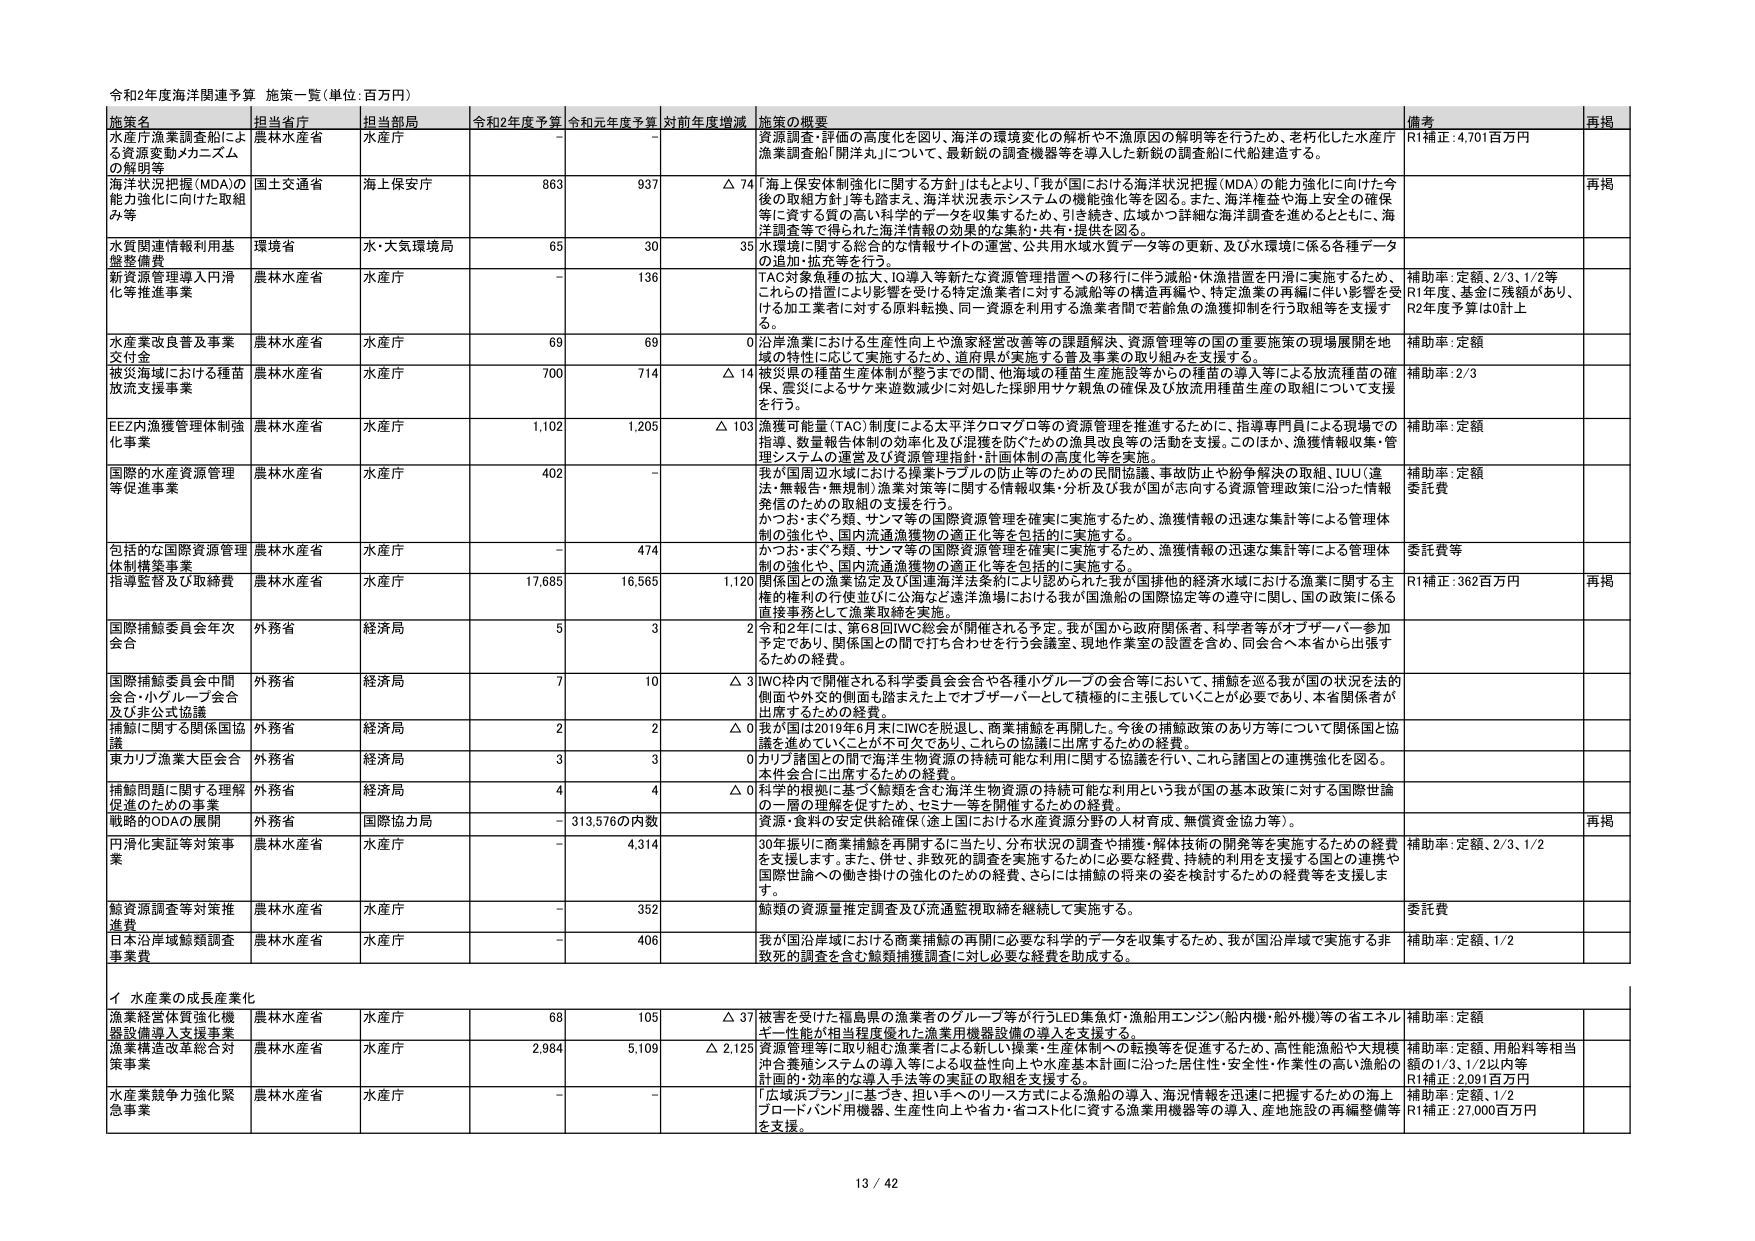
令和2年度海洋関連予算 施策一覧（単位：百万円）

施策名 担当省庁 担当部局 令和2年度予算 令和元年度予算 対前年度増減 施策の概要 備考 再掲

水産庁漁業調査船による資源変動メカニズムの解明等 農林水産省 水産庁 - - 資源調査・評価の高度化を図り、海洋の環境変化の解析や不漁原因の解明等を行うため、老朽化した水産庁漁業調査船「開洋丸」について、最新鋭の調査機器等を導入した新鋭の調査船に代替建造する。 R1補正：4,701百万円

海洋状況把握（MDA）の能力強化に向けた取組み等 国土交通省 海上保安庁 863 937 △ 74 「海上保安体制強化に関する方針」はもとより、「我が国における海洋状況把握（MDA）の能力強化に向けた今後の取組方針」等も踏まえ、海洋状況表示システムの機能強化等を図る。また、海洋権益や海上安全の確保等に資する質の高い科学的データを収集するため、引き続き、広域かつ詳細な海洋調査を進めるとともに、海洋調査等で得られる海洋情報の効果的な集約・共有・提供を図る。 再掲

水質関連情報利用基盤整備費 環境省 水・大気環境局 65 30 35 水環境に関する総合的な情報サイトの運営、公共用水域水質データ等の更新、及び水環境に係る各種データの追加・拡充等を行う。

新資源管理導入円滑化等推進事業 農林水産省 水産庁 - 136 TAC対象魚種の拡大、IQ導入等新たな資源管理措置への移行に伴う減漁・休漁措置を円滑に実施するため、これらの措置により影響を受ける特定漁業者に対する減漁等の構造再編や、特定漁業の再編に伴い影響を受ける加工業者に対する原料転換、同一資源を利用する漁業者間で若齢魚の漁獲抑制を行う取組等を支援する。 補助率：定額、2/3、1/2等 R1年度、基金に残額があり、R2年度予算は0円上

水産業改良普及事業交付金 農林水産省 水産庁 69 69 0 沿岸漁業における生産性向上や漁家経営改善等の課題解決、資源管理等の国の重要施策の現場展開を地域の特性に応じて実施するため、道府県が実施する普及事業の取り組みを支援する。 補助率：定額

被災海域における種苗放流支援事業 農林水産省 水産庁 700 714 △ 14 被災県の種苗生産体制が整うまでの間、他海域の種苗生産施設等からの種苗の導入等による放流種苗の確保、震災によるサケ来遊数減少に対処した採卵用サケ親魚の確保及び放流用種苗生産の取組について支援を行う。 補助率：2/3

EEZ内漁獲管理体制強化事業 農林水産省 水産庁 1,102 1,205 △ 103 漁獲可能量（TAC）制度による太平洋クロマグロ等の資源管理を推進するために、指導専門員による現場での指導、数量報告体制の効率化及び混獲を防ぐための漁具改良等の活動を支援。このほか、漁獲情報収集・管理システムの運営及び資源管理指針・計画体制の高度化等を実施。 補助率：定額

国際的水産資源管理等促進事業 農林水産省 水産庁 402 - 我が国周辺水域における漁業トラブルの防止等のための民間協議、事故防止や紛争解決の取組、IUU（違法・無報告・無規制）漁業対策等に関する情報収集・分析及び我が国が志向する資源管理政策に沿った情報発信のための取組の支援を行う。 かつお・まぐろ類、サンマ等の国際資源管理を確実に実施するため、漁獲情報の迅速な集計等による管理体制の強化や、国内流通漁獲物の適正化等を包括的に実施する。 補助率：定額 委託費

包括的な国際資源管理体制構築事業 農林水産省 水産庁 - 474 かつお・まぐろ類、サンマ等の国際資源管理を確実に実施するため、漁獲情報の迅速な集計等による管理体制の強化や、国内流通漁獲物の適正化等を包括的に実施する。 委託費等

指導監督及び取締費 農林水産省 水産庁 17,685 16,565 1,120 関係国との漁業協定及び国連海洋法条約により認められた我が国排他的経済水域における漁業に関する主権的権利の行使並びに公海など海洋漁場における我が国漁船の国際協定等の遵守に関し、国の政策に係る直接事務として漁業取締を実施。 R1補正：362百万円 再掲

国際捕鯨委員会年次会合 外務省 経済局 5 3 2 令和2年には、第68回IWC総会が開催される予定。我が国から政府関係者、科学者等がオブザーバー参加予定であり、関係国との間で打ち合わせを行う会議室、現地作業室の設置を含め、同会合へ本省から出張するための経費。

国際捕鯨委員会中間会合・小グループ会合及び非公式協議 外務省 経済局 7 10 △ 3 IWC枠内で開催される科学委員会会合や各種小グループの会合等において、捕鯨を巡る我が国の状況を法的側面や外交的側面も踏まえた上でオブザーバーとして積極的に主張していくことが必要であり、本省関係者が出席するための経費。

捕鯨に関する関係国協議 外務省 経済局 2 2 △ 0 我が国は2019年6月末にIWCを脱退し、商業捕鯨を再開した。今後の捕鯨政策のあり方等について関係国と協議を進めていくことが不可欠であり、これらの協議に出席するための経費。

東カリブ漁業大臣会合 外務省 経済局 3 3 0 カリブ諸国との間で海洋生物資源の持続可能な利用に関する協議を行い、これら諸国との連携強化を図る。本件会合に出席するための経費。

捕鯨問題に関する理解促進のための事業 外務省 経済局 4 4 △ 0 科学的根拠に基づく鯨類を含む海洋生物資源の持続可能な利用という我が国の基本政策に対する国際世論の一層の理解を促すため、セミナー等を開催するための経費。

戦略的ODAの展開 外務省 国際協力局 - 313,576の内数 資源・食料の安定供給確保（途上国における水産資源分野の人材育成、無償資金協力等）。 再掲

円滑化実証等対策事業 農林水産省 水産庁 - 4,314 30年振りに商業捕鯨を再開するに当たり、分布状況の調査や捕獲・解体技術の開発等を実施するための経費を支援します。また、併せ、非致死的調査を実施するためには必要な経費、持続的利用を支援する国との連携や国際世論への働き掛けの強化のための経費、さらには捕鯨の将来の姿を検討するための経費等を支援します。 補助率：定額、2/3、1/2

鯨資源調査等対策推進費 農林水産省 水産庁 - 352 鯨類の資源量推定調査及び流通監視取締を継続して実施する。 委託費

日本沿岸域鯨類調査事業費 農林水産省 水産庁 - 406 我が国沿岸域における商業捕鯨の再開に必要な科学的データを収集するため、我が国沿岸域で実施する非致死的調査を含む鯨類捕獲調査に対し必要な経費を助成する。 補助率：定額、1/2

イ 水産業の成長産業化

漁業経営体質強化機器設備導入支援事業 農林水産省 水産庁 68 105 △ 37 被害を受けた福島県の漁業者のグループ等が行うLED集魚灯・漁船用エンジン（船内機・船外機）等の省エネルギー性能が相当程度優れた漁業用機器設備の導入を支援する。 補助率：定額

漁業構造改革総合対策事業 農林水産省 水産庁 2,984 5,109 △ 2,125 資源管理等に取り組む漁業者による新しく漁業・生産体制への転換等を促進するため、高性能漁船や大規模沖合養殖システムの導入等による収益性向上や水産基本計画に沿った居住性・安全性・作業性の高い漁船の計画的・効率的な導入手法等の実証的取組を支援する。 補助率：定額、用船料等相当額の1/3、1/2以内等 R1補正：2,091百万円

水産業競争力強化緊急事業 農林水産省 水産庁 - - 「広域浜フラン」に基づき、担い手へのリース方式による漁船の導入、海況情報を迅速に把握するための海上プロードバンド用機器、生産性向上や省力・省コスト化に資する漁業用機器等の導入、産地施設の再編整備等を支援。 補助率：定額、1/2 R1補正：27,000百万円

13 / 42